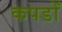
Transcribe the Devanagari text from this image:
कपडोँ